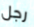
رجل